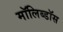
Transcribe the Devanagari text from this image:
मॉलिब्डॉस